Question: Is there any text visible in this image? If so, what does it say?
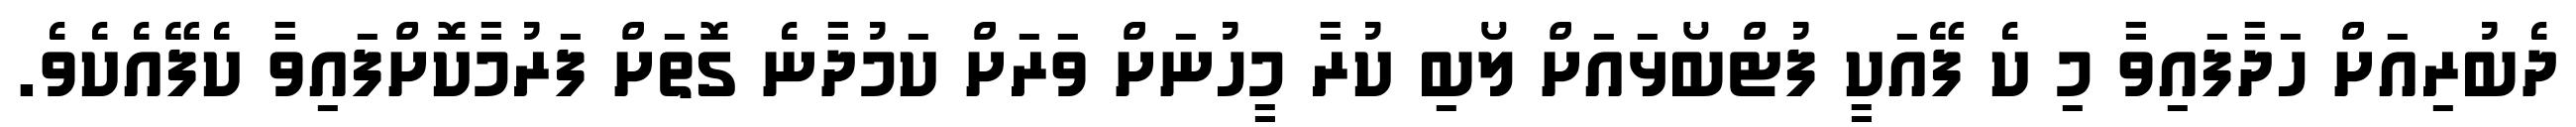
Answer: ދެބުރިއަށް ހަދާފައިވާ މި ކެ ފޭއަކީ ފުޓްބޯޅައަށް ލޯބި ކުރާ މީހުނަށް ވަރަށް ކަމުދާނެ ގޮތަށް ފަރުމާކޮށްފައިވާ ކެފޭއެކެވެ.